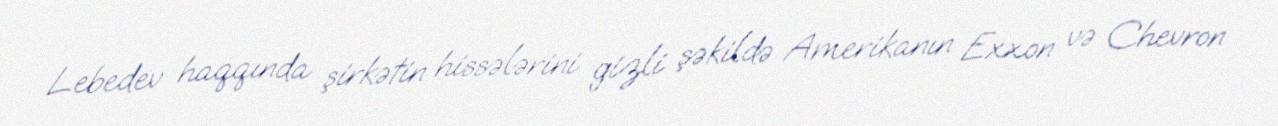
Lebedev haqqında şirkətin hissələrini gizli şəkildə Amerikanın Exxon və Chevron